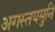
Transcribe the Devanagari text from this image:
अगस्तयमुनि